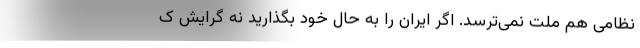
نظامی هم ملت نمی‌ترسد. اگر ایران را به حال خود بگذارید نه گرایش ک